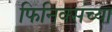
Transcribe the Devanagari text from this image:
फिनिक्सच्या